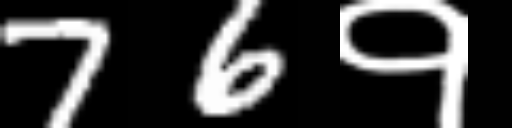
Text: 76१